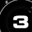
Digit: 3